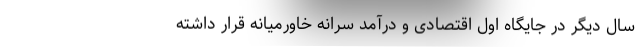
سال دیگر در جایگاه اول اقتصادی و درآمد سرانه خاورمیانه قرار داشته